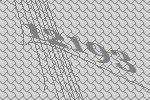
12193